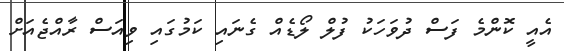
އެއީ ކޮންމެ ފަސް ދުވަހަކު ފުލް ލޯޑެއް ގެނައި ކަމުގައި ވިއަސް ރާއްޖެއަށް